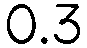
0.3